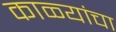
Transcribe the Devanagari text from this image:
काळ्यांचा